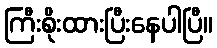
ကြီးစိုးထားပြီးနေပါပြီ။